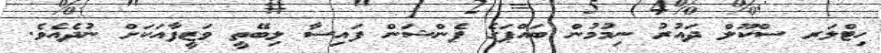
ހިޓްލަރ ސްކޫލް ދައުރު ނިމުމުން ބައްޕަގެ ޕެންޝަން ފައިސާ ލިބޭތީ ވަޒީފާއަކަށް ނުދެއެވެ.